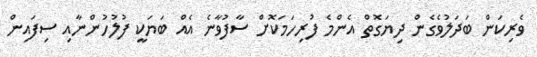
ވެރިކަން ބަދަލުވެގެން ދިޔަގޮތް އެންމެ ފުރިހަމަކޮށް ސާފުވާނެ އެއް ބަޔަކީ ފުލުހުންނާއި ސިފައިން